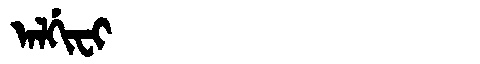
Manchu: ᠠᠯᡤᡳᠸᡳ
Romanization: ALGIFI